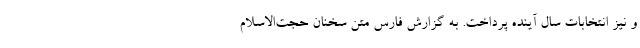
و نیز انتخابات سال آینده پرداخت. به گزارش فارس متن سخنان حجت‌الاسلام